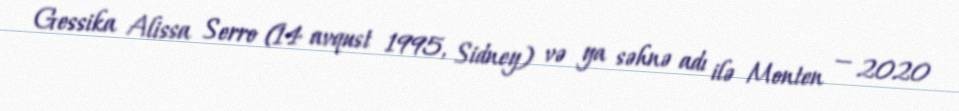
Gessika Alissa Serro (14 avqust 1995, Sidney) və ya səhnə adı ilə Monten — 2020